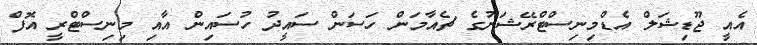
އެއީ ޖޫޑިޝަލް އެޑްމިނިސްޓްރޭޝަނުގެ ޗެއާމަން ހަސަން ސައީދު ހުސައިން އާއި މިނިސްޓްރީ އޮފް